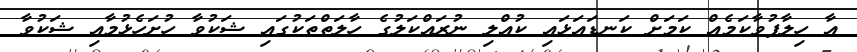
އާ ހިލާފުވާކަމެއް ކަމަށް ކަނޑައަޅައި ކުއްލި ނުރައްކަލުގެ ހާލަތްތަކުގައި ޝަކުވާ ހުށަހެޅުމާއި ޝަކުވާ